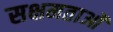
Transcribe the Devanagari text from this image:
सक्षमताओं